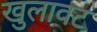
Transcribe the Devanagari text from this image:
खुलावट